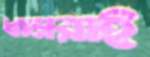
ধামরাই